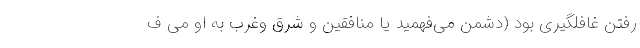
رفتن غافلگیری بود (دشمن می‌فهمید یا منافقین و شرق وغرب به او می ف